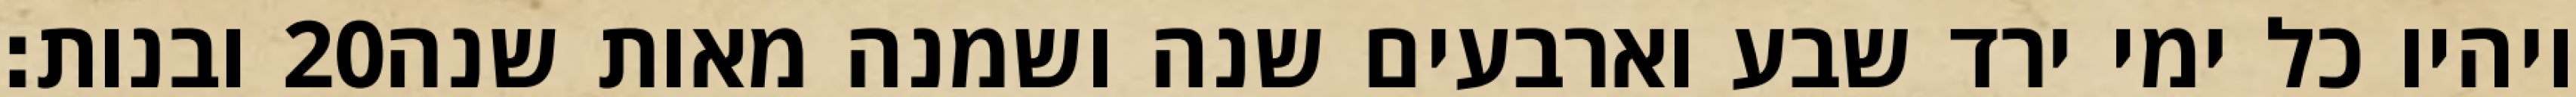
ובנות׃ ‎20‏ ויהיו כל ימי ירד שבע וארבעים שנה ושמנה מאות שנה